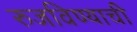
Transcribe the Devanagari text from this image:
रुजविण्याची